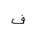
Letter: _fa